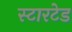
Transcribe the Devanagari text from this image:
स्टारटेड